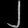
Digit: ၂